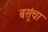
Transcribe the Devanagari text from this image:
बसूंचा